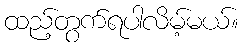
ထည့်တွက်ရပါလိမ့်မယ်။